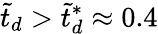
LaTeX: \tilde{t}_{d}>\tilde{t}_{d}^{*}\approx 0.4